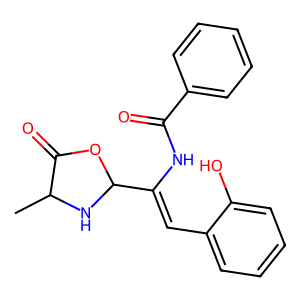
SMILES: CC1NC(C(=Cc2ccccc2O)NC(=O)c2ccccc2)OC1=O
Inhibits HIV replication: No